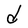
Character: d